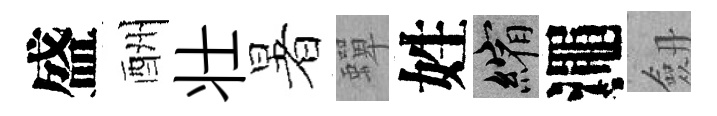
盛酬壮暑蟬姓縮澠劔